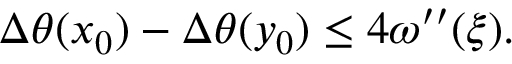
\Delta \theta ( x _ { 0 } ) - \Delta \theta ( y _ { 0 } ) \leq 4 \omega ^ { \prime \prime } ( \xi ) .